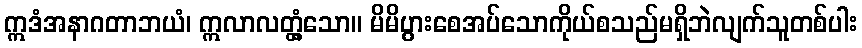
ဣဒံအနာဂတာဘယံ၊ ဣလာလတ္တံ့သော။ မိမိပွားစေအပ်သောကိုယ်စသည်မရှိဘဲလျက်သူတစ်ပါး